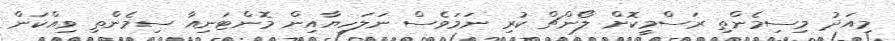
މިއަދު މިސިމެންތި ރަސްމީކޮށް ލޯންޗް ކުރި ނަމަވެސް ނަލަހިޔާއިން މޮންޓަނިއާ ސިމެންތި ވިއްކަން